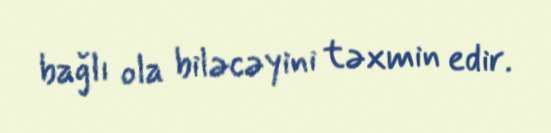
bağlı ola biləcəyini təxmin edir.